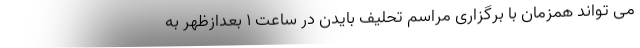
می تواند همزمان با برگزاری مراسم تحلیف بایدن در ساعت ۱ بعدازظهر به